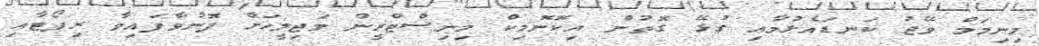
މިނިމަމް ވޭޖު ކަނޑައެޅުމާއި ގުޅޭ ގޮތުން އިކޮނޮމިކް މިނިސްޓްރީން މަޖިލީހަށް ފޮނުވާފައިވާ ރިޕޯޓާއި